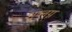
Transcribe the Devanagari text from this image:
शुष्लग्न